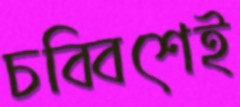
চব্বিশেই